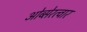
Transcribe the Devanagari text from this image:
ओब्सेरत्वार